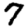
Digit: 7